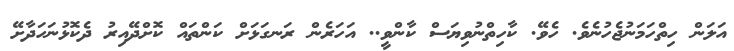
އަލަން ހިތްހަމަނުޖެހުނެވެ. ހެވޭ. ކާހިތްނުވިޔަސް ކާންވީ.. އަހަރެން ރަނގަޅަށް ކަންތައް ކޮށްދޭއިރު ދެކޮޅުނަހަދާށޭ